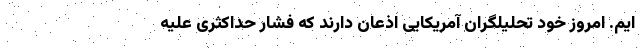
ایم. امروز خود تحلیلگران آمریکایی اذعان دارند که فشار حداکثری علیه